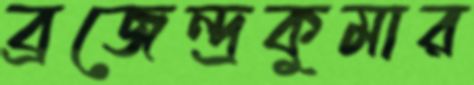
ব্রজেন্দ্রকুমার